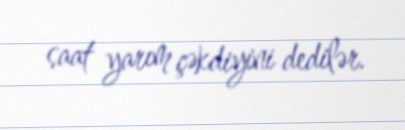
saat yarım çəkdiyini dedilər.